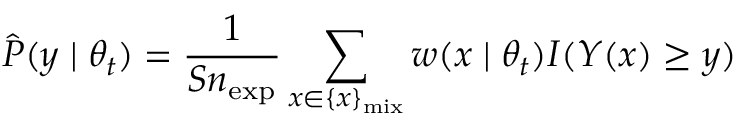
\hat { P } ( y \mid \theta _ { t } ) = \frac { 1 } { S n _ { \mathrm { e x p } } } \sum _ { x \in \{ x \} _ { \mathrm { m i x } } } w ( x \mid \theta _ { t } ) I ( Y ( x ) \ge y )